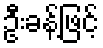
ဦးခန့်ဖြင့်